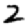
Digit: 2